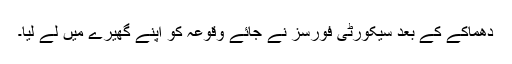
دھماکے کے بعد سیکورٹی فورسز نے جائے وقوعہ کو اپنے گھیرے میں لے لیا۔